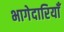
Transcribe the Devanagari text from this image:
भागेदारियाँ